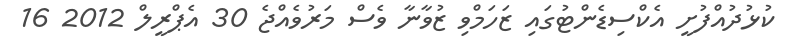
ކުޅުދުއްފުށީ އެކްސިޑެންޓުގައި ޒަހަމްވި ޒުވާނާ ވެސް މަރުވެއްޖެ 30 އެޕްރީލް 2012 16